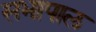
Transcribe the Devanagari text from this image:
सभापाल